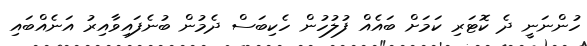
ހުންނަނީ ދެ ކޮޓަރި ކަމަށް ބައެއް ފުލުހުން ހެކިބަސް ދެމުން ބުނެފައިވާއިރު އަނެއްބައި